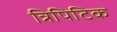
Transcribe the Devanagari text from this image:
त्रिपिटिक